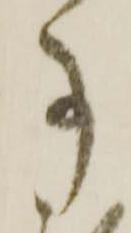
事